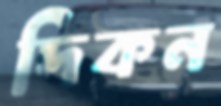
দিকন